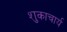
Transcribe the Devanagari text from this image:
शुकाचार्य